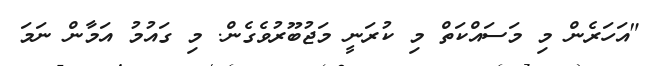
"އަހަރެން މި މަސަައްކަތް މި ކުރަނީ މަޖުބޫރުވެގެން. މި ގައުމު އަމާން ނަމަ